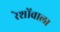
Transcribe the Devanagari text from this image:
रेशोंवाला